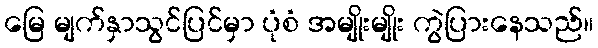
မြေ မျက်နှာသွင်ပြင်မှာ ပုံစံ အမျိုးမျိုး ကွဲပြားနေသည်။